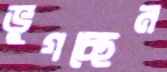
ভুগচ্ছেন